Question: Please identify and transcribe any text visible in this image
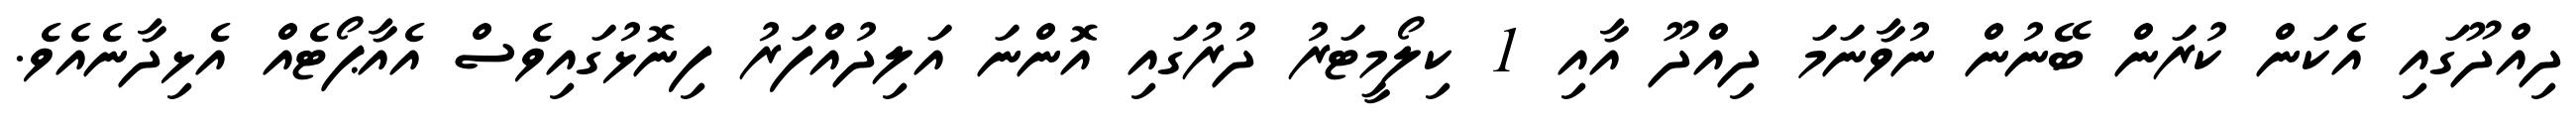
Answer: ދިއްދޫގައި އެކަން ކުރަން ބޭނުން ނުވާނަމަ ދިއްދޫ އާއި 1 ކިލޯމީޓަރު ދުރުގައި އޮންނަ އަލިދުއްފަރު ފިނޮޅުގައިވެސް އެއާޕޯޓެއް އެޅިދާނެއެވެ.